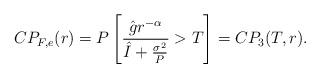
LaTeX: \begin{align*}CP_{F,e}(r)=P\left[\frac{\hat{g} r^{-\alpha}}{\hat{I}+\frac{\sigma^2}{P}}>T\right]=CP_3(T,r) .\end{align*}